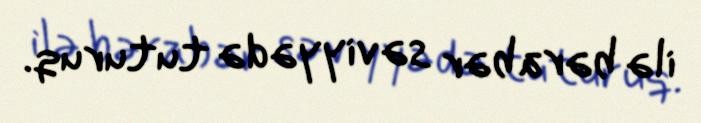
ilə bərabər səviyyədə tuturuq.